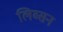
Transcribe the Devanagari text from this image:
लिब्सन